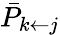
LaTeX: \bar{P}_{k\leftarrow j}